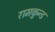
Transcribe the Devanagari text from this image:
रामकुन्ड